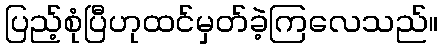
ပြည့်စုံပြီဟုထင်မှတ်ခဲ့ကြလေသည်။